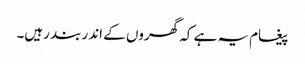
پیغام یہ ہے کہ گھروں کے اندر بند رہیں۔